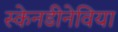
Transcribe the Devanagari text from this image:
स्केनडीनेविया